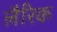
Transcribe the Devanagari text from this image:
लैरिक